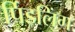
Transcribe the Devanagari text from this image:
र्पिडलिंग